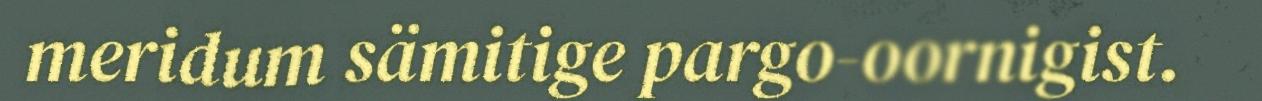
meridum sämitige pargo-oornigist.